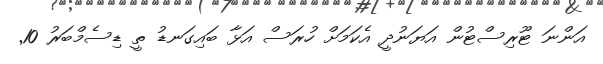
އަންނަ ޓޫރިސްޓުން އަޔަނުދީ އެކަމަށް ހުރަސް އަޅާ ބައިގަނޑު ތީ ޑިސެމްބަރު 10